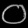
Digit: ၀